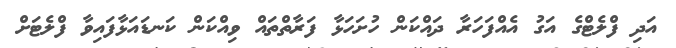
އަދި ފްލެޓްގެ އަގު އެއްފަހަރާ ދައްކަން ހުށަހަޅާ ފަރާތްތައް ވިއްކަން ކަނޑައަޅާފައިވާ ފްލެޓަށް